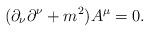
LaTeX: \begin{align*}(\partial_\nu\partial^\nu+m^2)A^\mu=0.\end{align*}